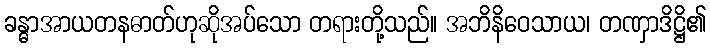
ခန္ဓာအာယတနဓာတ်ဟုဆိုအပ်သော တရားတို့သည်။ အဘိနိဝေသာယ၊ တဏှာဒိဋ္ဌိ၏